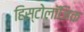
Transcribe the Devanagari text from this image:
हिस्टोलॉजिक